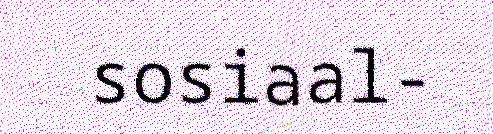
sosiaal-